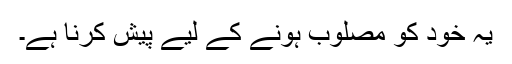
یہ خود کو مصلوب ہونے کے لیے پیش کرنا ہے۔